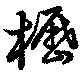
櫪